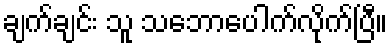
ချက်ချင်း သူ သဘောပေါက်လိုက်ပြီ။